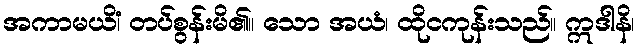
အကာမယိံ၊ တပ်စွန်းမိ၏။ သော အယံ၊ ထိုငကုန်းသည်။ ဣဒါနိ၊